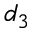
d _ { 3 }